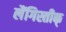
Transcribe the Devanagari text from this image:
लैंगिस्तीक्